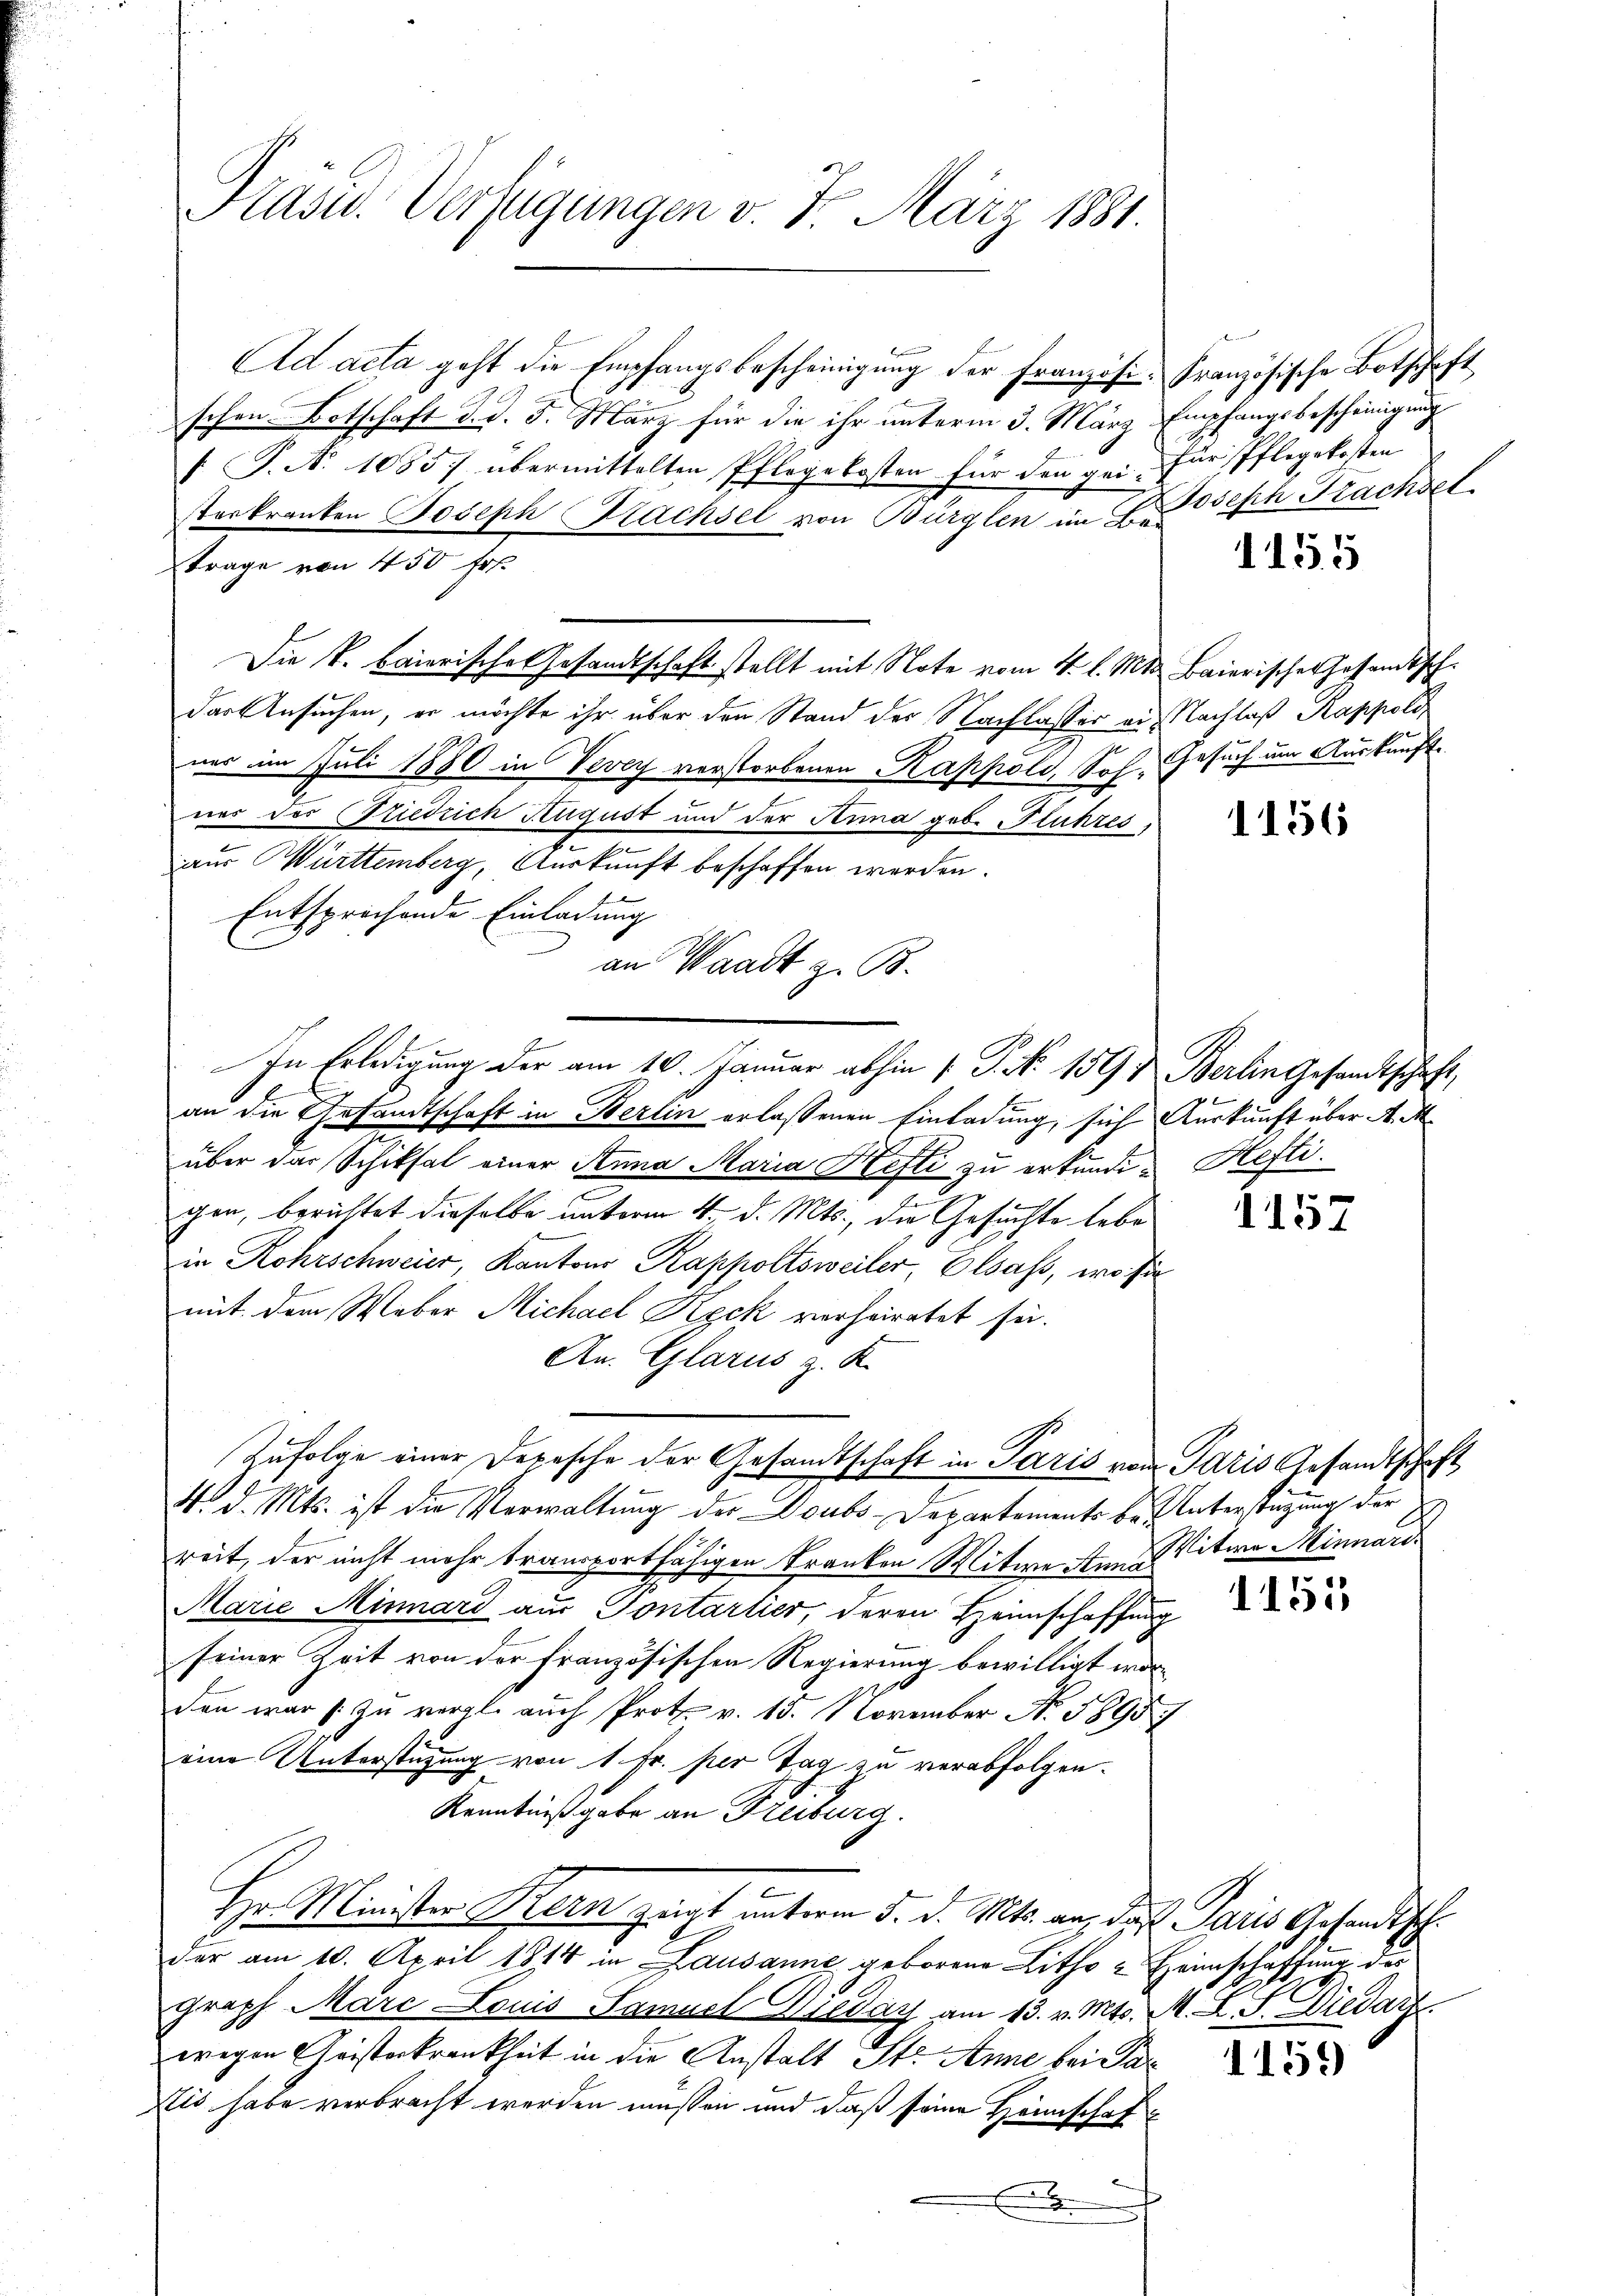
Präsid. Verfügungen v. 7. März 1881.

Ad acta geht die Empfangsbescheinigung der Französi
schen Botschaft d. d. 5. März für die ihr unterm 3. März
f. P. N. 10857 übermittelten Pflegekosten für den geisterkranken Joseph Bachsel von Bürglen im Betrage von 450 fr.
Die k. baierische Gesandtschaft stellt mit Note vom 4. l. Mts. baierischer Johandtsch¬
Der Ansuchen, er möchte ihr über den Stand der Nachlasser an Nachlaß Rappold
ner im Juli 1880 in Vevey verstorbenen Kappold, Soh. Gesuch um Auskunft
nes der Friedrich August und der Anna geb. Fluhres,
.
aus Württemberg, Auskunft beschaffen werden.
Entsprochende Einladung
an Waadt z. B.
an die Gesandtschaft in Berlin erlassenen Einladung, sich Auskunft über A. M.
über der Schiksal einer Anna Maria Kefti zu erkunde Heftigen, berichtet dieselbe unterm 4. d. Mts., die Gesuchte lebe
in Rohrschweier, Kantons Rappoltsweiler, Elsass, wo sie
mit dem Weber Michael Kgck verheiratet sei.
An. Glarus z. K.
Zufolge einer Depesche der Gesandtschaft in Paris vom Paris Gesandtschaft
N. d. Mts. ist die Verwaltung der Doubs-Departements bereit, der nicht mehr transportfähigen Franken Witwe Anna
Marie Minnard aus Sontartier, deren Heimschaffung
seiner Zeit von der Französischen Regierung bewilligt werden war s. zu vergl. auch Prot. v. 13. November No. 5895
eine Unterstützung von 1 Fr. per Tag zu verabfolgen.
Kenntnißgabe an Freiburg.
Hr Minister Kern zugt unterm 5. d. Mts. an, das Paris Gesandtsch
der am 10. April 1814 in Lausanne geborene Litho & Heimschaffung des
groph Marc Louis Samuel Wieday am 13. v. Mts. M. L. S. Diedarf
wegen Cristerkrankheit in die Anstalt St. Anne bei Par¬
Eis habe verbracht werden müssen und daß seine Heimschafx

In Erledigung der am 10. Januar abhin 1. P. Nr. 159 & Berlingesandtschaft,

Französische Botschaft
Empfangsbescheinigung
für Pflegekosten
Joseph Trachsel

1155

1156

1157

Unterstützung der
Witwe Minnari

1155

1159